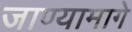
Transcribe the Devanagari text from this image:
जाण्यामागे